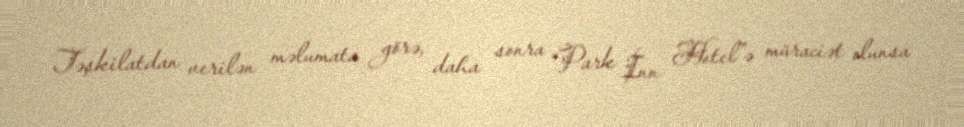
Təşkilatdan verilən məlumata görə, daha sonra “Park İnn Hotel”ə müraciət olunsa